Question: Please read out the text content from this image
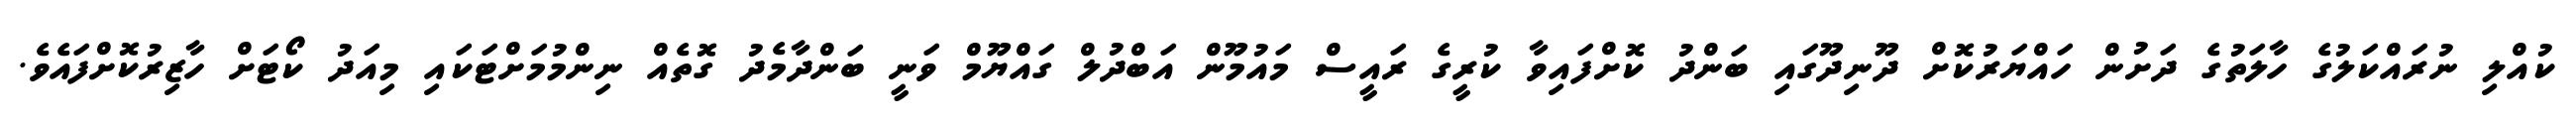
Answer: ކުއްލި ނުރައްކަލުގެ ހާލަތުގެ ދަށުން ހައްޔަރުކޮށް ދޫނިދޫގައި ބަންދު ކޮށްފައިވާ ކުރީގެ ރައީސް މައުމޫން އަބްދުލް ގައްޔޫމް ވަނީ ބަންދާމެދު ގޮތެއް ނިންމުމަށްޓަކައި މިއަދު ކޯޓަށް ހާޒިރުކޮށްފައެވެ.